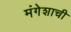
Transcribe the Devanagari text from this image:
मंगेशाची